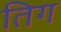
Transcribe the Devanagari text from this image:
तिग